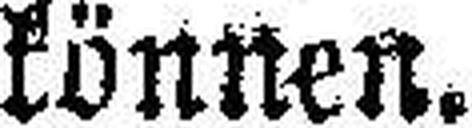
können.